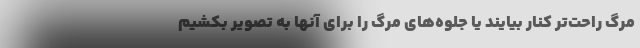
مرگ راحت‌تر کنار بیایند یا جلوه‌های مرگ را برای آنها به تصویر بکشیم